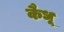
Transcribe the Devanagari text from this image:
कैधू